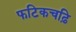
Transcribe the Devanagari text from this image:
फटिकचढ़ि